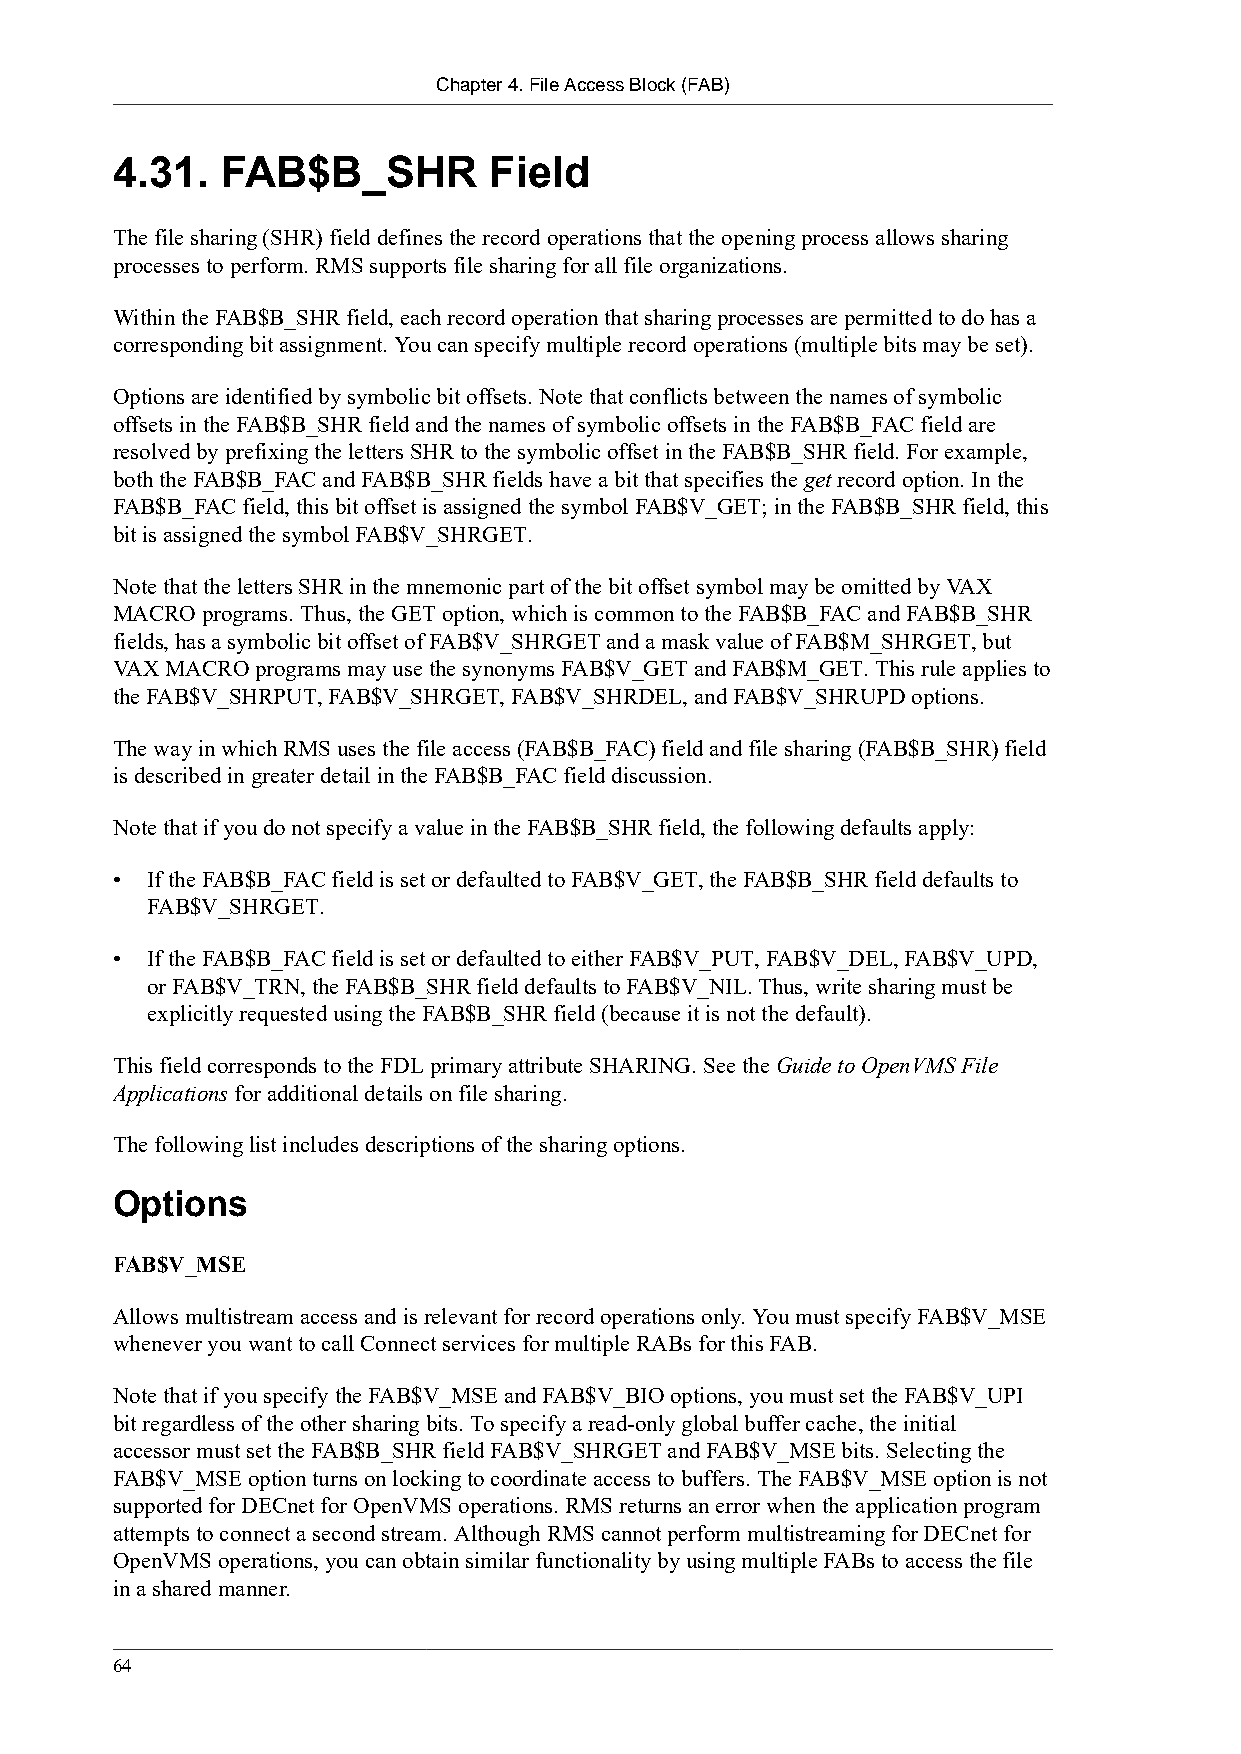
Chapter 4. File Access Block (FAB)
 4.31.   FAB$B_SHR        Field
 The file sharing (SHR) field defines the record operations that the opening process allows sharing
 processes to perform. RMS supports file sharing for all file organizations.
 Within the FAB$B_SHR field, each record operation that sharing processes are permitted to do has a
 corresponding bit assignment. You can specify multiple record operations (multiple bits may be set).
 Options are identified by symbolic bit offsets. Note that conflicts between the names of symbolic
 offsets in the FAB$B_SHR field and the names of symbolic offsets in the FAB$B_FAC field are
 resolved by prefixing the letters SHR to the symbolic offset in the FAB$B_SHR field. For example,
 both the FAB$B_FAC and FAB$B_SHR fields have a bit that specifies the get record option. In the
 FAB$B_FAC field, this bit offset is assigned the symbol FAB$V_GET; in the FAB$B_SHR field, this
 bit is assigned the symbol FAB$V_SHRGET.
 Note that the letters SHR in the mnemonic part of the bit offset symbol may be omitted by VAX
 MACRO programs. Thus, the GET option, which is common to the FAB$B_FAC and FAB$B_SHR
 fields, has a symbolic bit offset of FAB$V_SHRGET and a mask value of FAB$M_SHRGET, but
 VAX MACRO programs may use the synonyms FAB$V_GET and FAB$M_GET. This rule applies to
 the FAB$V_SHRPUT, FAB$V_SHRGET, FAB$V_SHRDEL, and FAB$V_SHRUPD options.
 The way in which RMS uses the file access (FAB$B_FAC) field and file sharing (FAB$B_SHR) field
 is described in greater detail in the FAB$B_FAC field discussion.
 Note that if you do not specify a value in the FAB$B_SHR field, the following defaults apply:
 •  If the FAB$B_FAC field is set or defaulted to FAB$V_GET, the FAB$B_SHR field defaults to
 FAB$V_SHRGET.
 •  If the FAB$B_FAC field is set or defaulted to either FAB$V_PUT, FAB$V_DEL, FAB$V_UPD,
 or FAB$V_TRN, the FAB$B_SHR field defaults to FAB$V_NIL. Thus, write sharing must be
 explicitly requested using the FAB$B_SHR field (because it is not the default).
 This field corresponds to the FDL primary attribute SHARING. See the Guide to OpenVMS File
 Applications for additional details on file sharing.
 The following list includes descriptions of the sharing options.
 Options
 FAB$V_MSE
 Allows multistream access and is relevant for record operations only. You must specify FAB$V_MSE
 whenever you want to call Connect services for multiple RABs for this FAB.
 Note that if you specify the FAB$V_MSE and FAB$V_BIO options, you must set the FAB$V_UPI
 bit regardless of the other sharing bits. To specify a read-only global buffer cache, the initial
 accessor must set the FAB$B_SHR field FAB$V_SHRGET and FAB$V_MSE bits. Selecting the
 FAB$V_MSE option turns on locking to coordinate access to buffers. The FAB$V_MSE option is not
 supported for DECnet for OpenVMS operations. RMS returns an error when the application program
 attempts to connect a second stream. Although RMS cannot perform multistreaming for DECnet for
 OpenVMS operations, you can obtain similar functionality by using multiple FABs to access the file
 in a shared manner.
 64